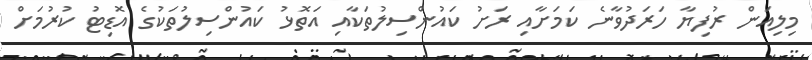
މިލިއަން ރުފިޔާ ހަރަދުވާނެ ކަމަށާއި ރަށު ކައުންސިލުތަކާއި އަތޮޅު ކައުންސިލުތަކުގެ އޮޑިޓު ކުރުމަށް